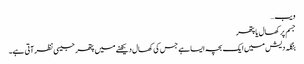
ویب…
جسم پر کھال یا پتھر
بنگلہ دیش میں ایک بچہ ایسا ہے جس کی کھال دیکھنے میں پتھر جیسی نظر آتی ہے۔